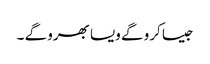
جیسا کرو گے ویسا بھرو گے ۔